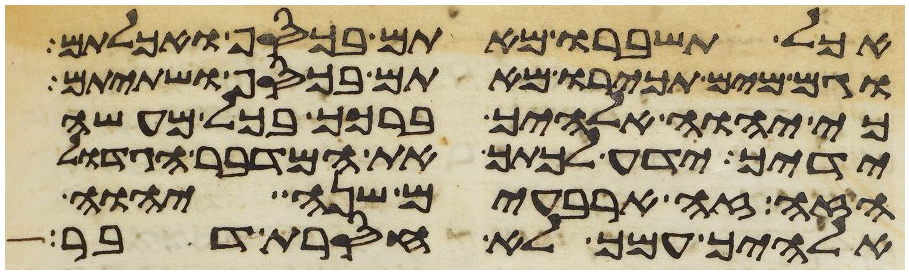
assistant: אכל תשברו מאתם בכסף ואכלתם
וגם מים תכירו מאתם בכסף ושתיתם
כי יהוה אלהיך ברכך בכל מעשה
ידיך ידע לכתך את המדבר הגדול
הזה זה ארבעים שנה יהוה
אלהיך עמך לא חסרת דבר